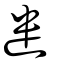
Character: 遣